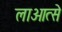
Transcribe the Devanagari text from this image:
लाओत्से